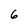
Character: 6